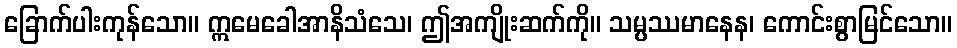
ခြောက်ပါးကုန်သော။ ဣမေခေါအာနိသံသေ၊ ဤအကျိုးဆက်ကို။ သမ္ပဿမာနေန၊ ကောင်းစွာမြင်သော။